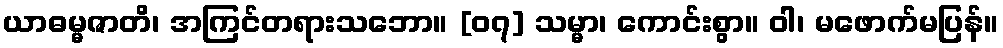
ယာဓမ္မဇာတိ၊ အကြင်တရားသဘော။ [၀၇] သမ္မာ၊ ကောင်းစွာ။ ဝါ၊ မဖောက်မပြန်။